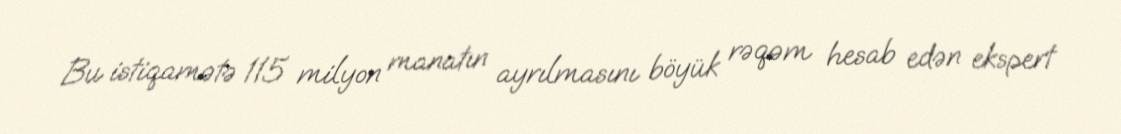
Bu istiqamətə 115 milyon manatın ayrılmasını böyük rəqəm hesab edən ekspert